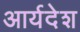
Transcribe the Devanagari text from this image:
आर्यदेश